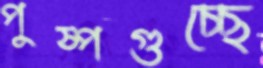
পুষ্পগুচ্ছে